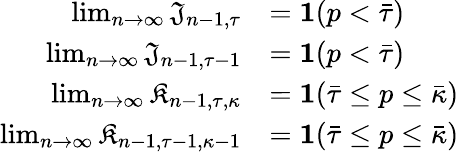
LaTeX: \begin{array}{rl}{\operatorname*{lim}_{n\to\infty}\mathfrak{J}_{n-1,\tau}}&{=\mathbf{1}(p<\bar{\tau})}\\ {\operatorname*{lim}_{n\to\infty}\mathfrak{J}_{n-1,\tau-1}}&{=\mathbf{1}(p<\bar{\tau})}\\ {\operatorname*{lim}_{n\to\infty}\mathfrak{K}_{n-1,\tau,\kappa}}&{=\mathbf{1}(\bar{\tau}\le p\le\bar{\kappa})}\\ {\operatorname*{lim}_{n\to\infty}\mathfrak{K}_{n-1,\tau-1,\kappa-1}}&{=\mathbf{1}(\bar{\tau}\le p\le\bar{\kappa})}\end{array}